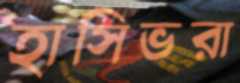
হাসিভরা